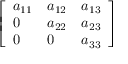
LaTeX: \left[ \begin{array} { l l l } { a _ { 1 1 } } & { a _ { 1 2 } } & { a _ { 1 3 } } \\ { 0 } & { a _ { 2 2 } } & { a _ { 2 3 } } \\ { 0 } & { 0 } & { a _ { 3 3 } } \end{array} \right]